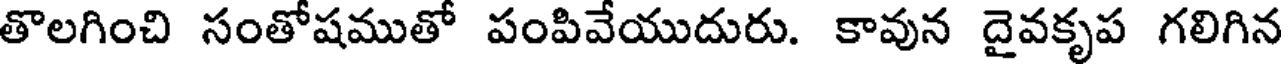
తొలగించి సంతోషముతో పంపివేయుదురు. కావున దైవకృప గలిగిన